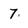
Character: 7